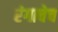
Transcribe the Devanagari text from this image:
रंगाचेच